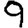
Digit: 9